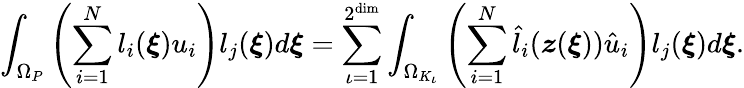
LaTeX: \int_{\Omega_{P}}\left(\sum_{i=1}^{N}l_{i}(\boldsymbol{\xi})u_{i}\right)l_{j}(\boldsymbol{\xi})d\boldsymbol{\xi}=\sum_{\iota=1}^{2^{\dim}}\int_{\Omega_{K_{\iota}}}\left(\sum_{i=1}^{N}\hat{l}_{i}(\boldsymbol{z}(\boldsymbol{\xi}))\hat{u}_{i}\right)l_{j}(\boldsymbol{\xi})d\boldsymbol{\xi}.